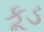
કૂડ